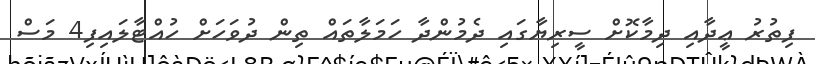
ފިތުރު ޢީދާއި ދިމާކޮށް ސީރިޔާގައި ދެމުންދާ ހަމަލާތައް ތިން ދުވަހަށް ހުއްޓާލައިފި4 މަސް